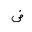
Letter: _dad